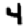
Digit: 4